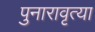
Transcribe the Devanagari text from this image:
पुनारावृत्या